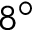
8 ^ { \circ }